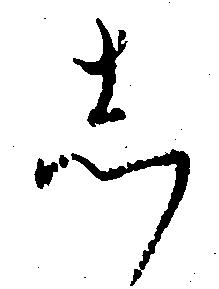
し